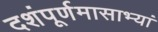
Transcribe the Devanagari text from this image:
दशंपूर्णमासाभ्यां